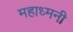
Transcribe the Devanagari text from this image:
महाध्मनी